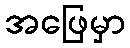
အဖြေမှာ